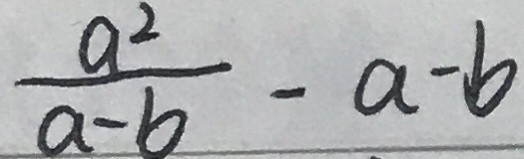
\frac { a ^ { 2 } } { a - b } - a - b